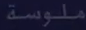
ملوسة